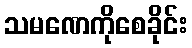
သမဏေကိုစေခိုင်း